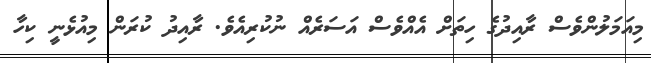
މިއަމަލުންވެސް ރާއިދުގެ ހިތަށް އެއްވެސް އަސަރެއް ނުކުރިއެވެ. ރާއިދު ކުރަން މިއުޅެނީ ކިހާ